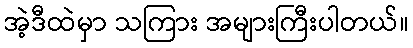
အဲ့ဒီထဲမှာ သကြား အများကြီးပါတယ်။